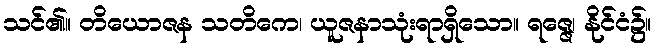
သင်၏။ တိယောဇန သတိကေ၊ ယူဇနာသုံးရာရှိသော။ ရဇ္ဇေ၊ နိုင်ငံ၌။